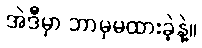
အဲဒီမှာ ဘာမှမထားခဲ့နဲ့။